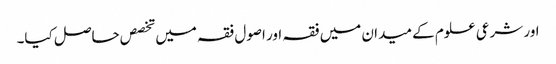
اور شرعی علوم کے میدان میں فقہ اور اصول فقہ میں تخصص حاصل کیا۔